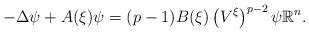
LaTeX: \begin{align*}-\Delta\psi+A(\xi)\psi=(p-1)B(\xi)\left( V^{\xi}\right) ^{p-2}\psi\mathbb{R}^{n}. \end{align*}